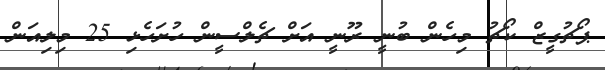
ޕޯޗުގީޒް ކޯޗު މިހެން ބުނީ ރޫނީ އަށް ޗެލްސީން ހުށަހެޅި 25 މިލިއަން